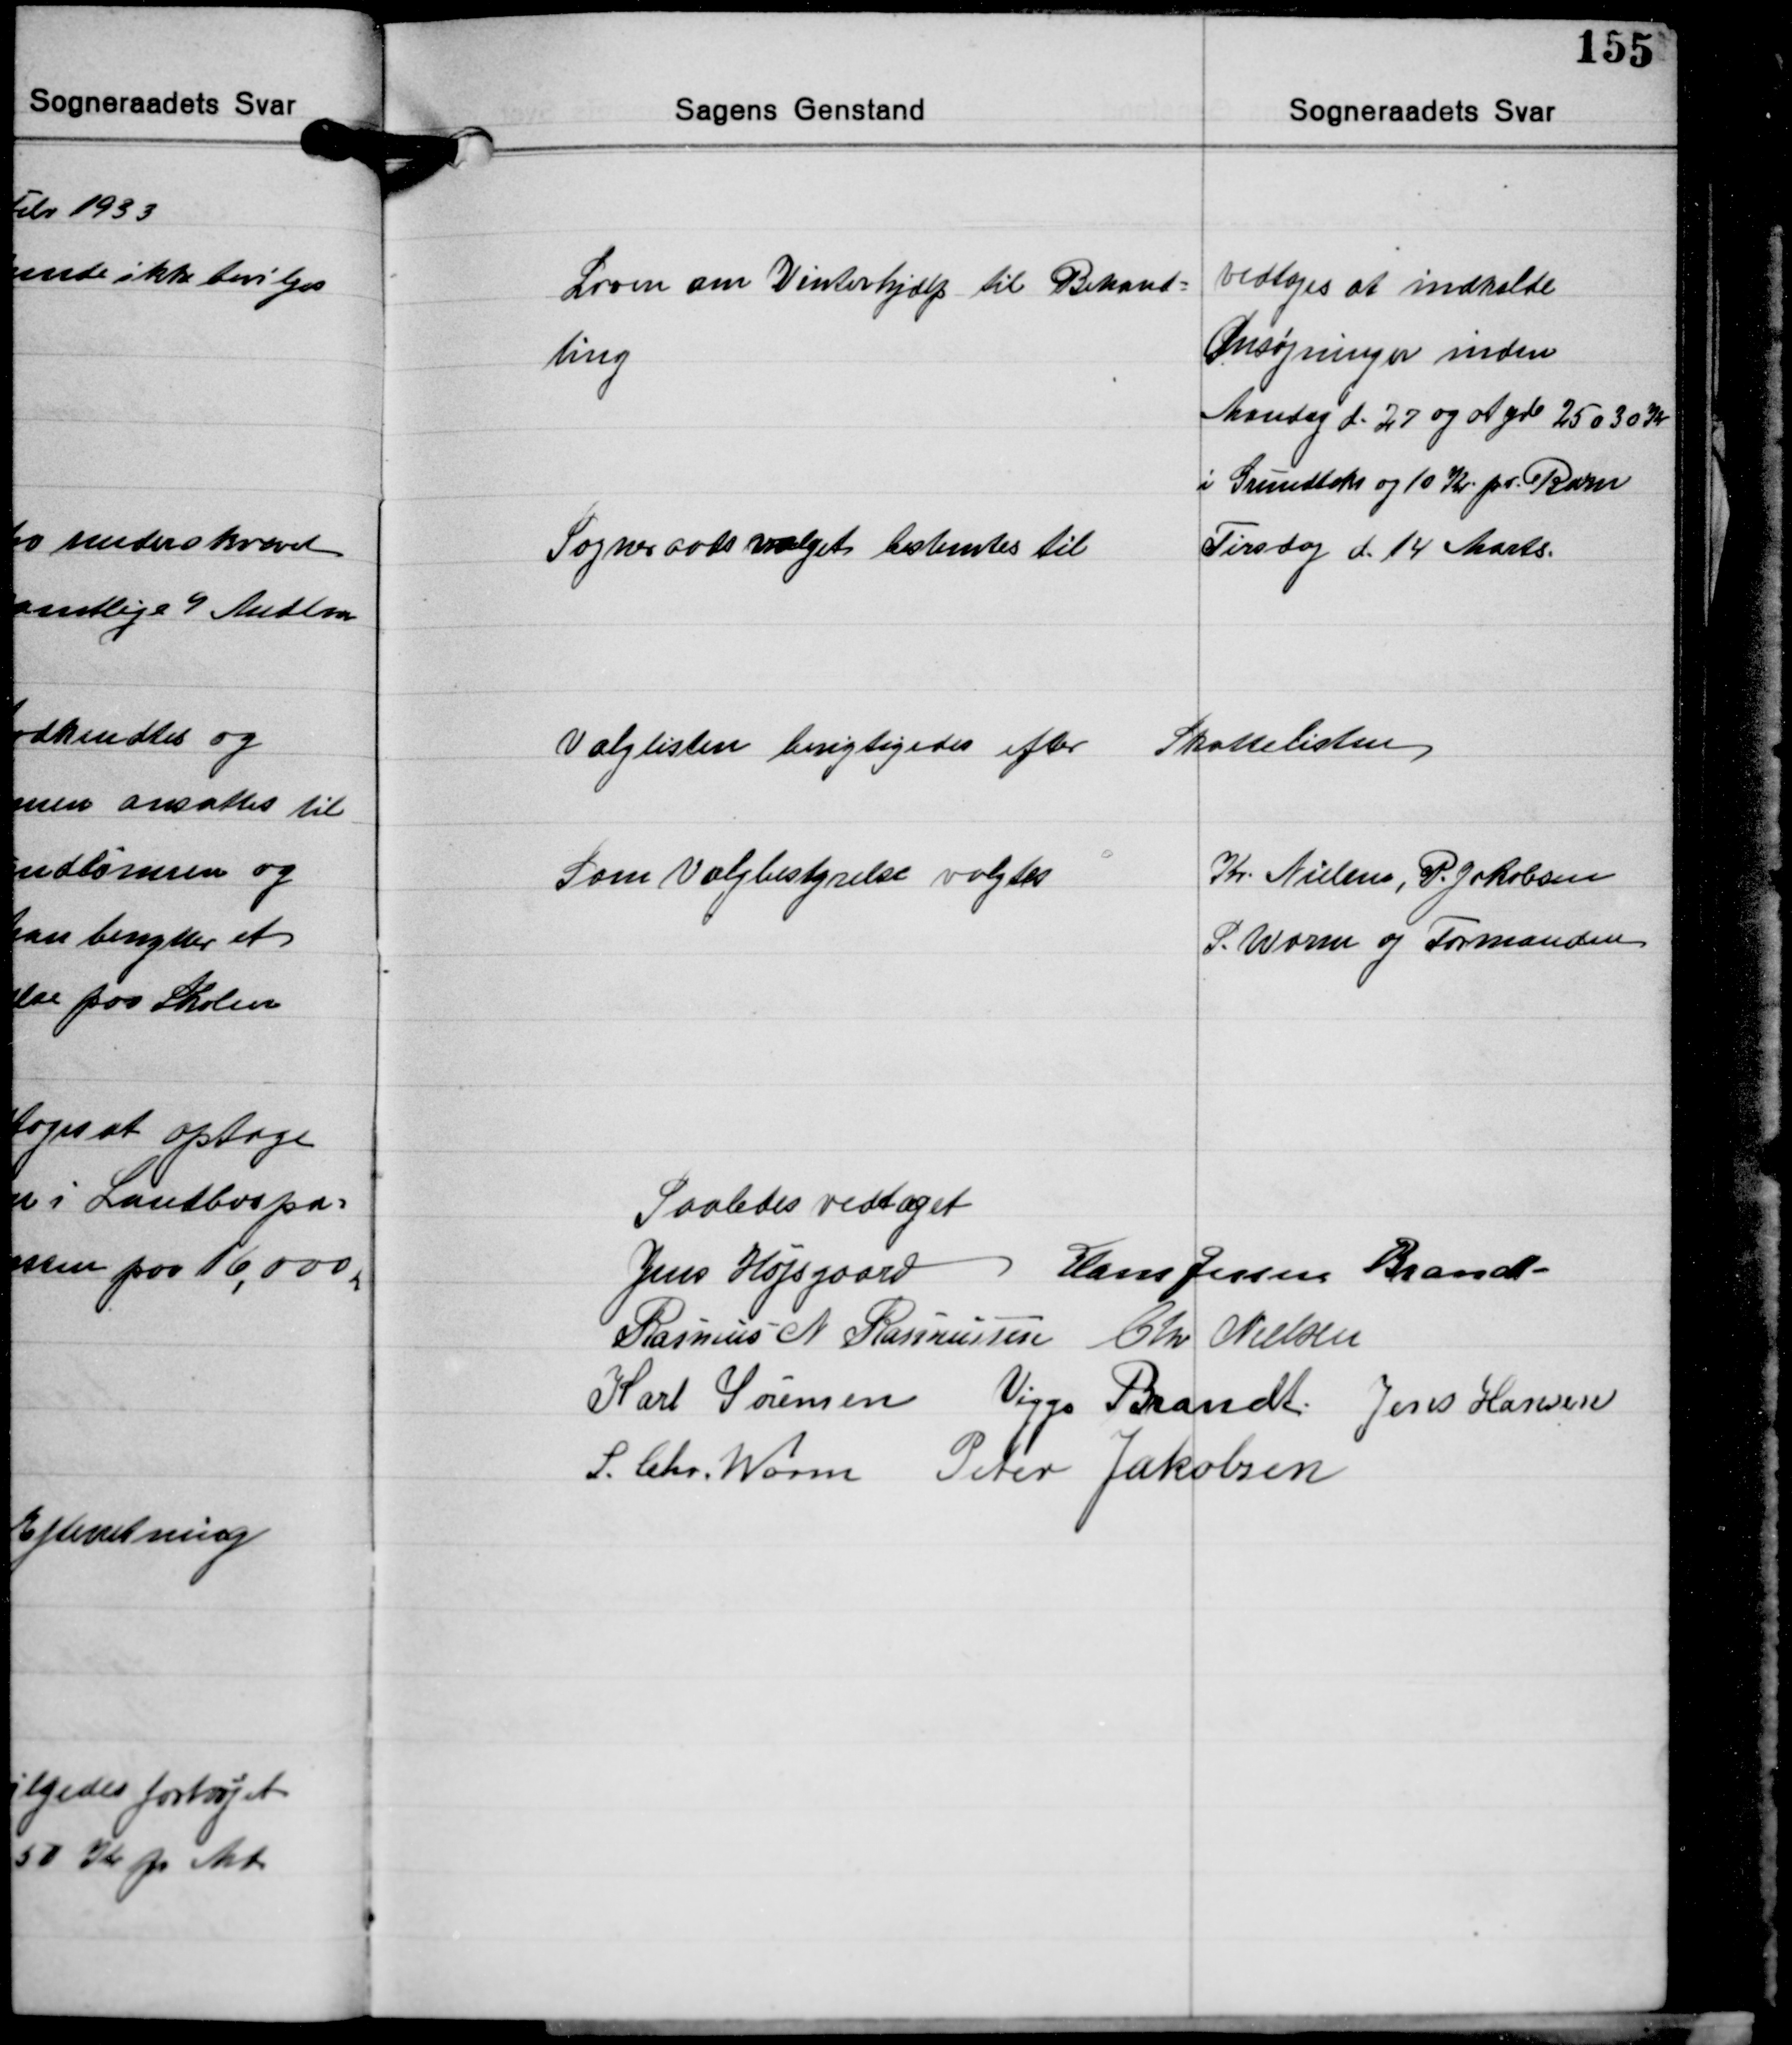
Transskription:
Loven om Vinterhjælp til Behand-
ling

vedtoges at indkalde
Ansøgninger inden
Mandag d. 27 og at yde 25 a 30 Kr.
i Grundtaks og 10 Kr. pr. Barn

Sogneraadsvalget bestemtes til

Tirsdag d. 14 Marts.

Valglisten berigtigedes efter

Skattelisten

Som Valgbestyrelse valgtes

Kr. Nielsen, P. Jakobsen
S. Worm og Formanden

Saaledes vedtaget
Jens Højsgaard Hans Jessen Brandt
Rasmus N. Rasmussen Chr. Nielsen
Karl Sørensen Viggo Brandt Jens Hansen
S. Chr. Worm Peter Jakobsen